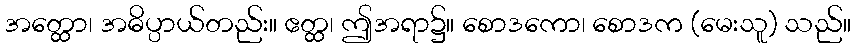
အတ္ထော၊ အဓိပ္ပာယ်တည်း။ ဧတ္ထ၊ ဤအရာ၌။ စောဒကော၊ စောဒက (မေးသူ) သည်။